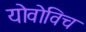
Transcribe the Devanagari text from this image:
योवोविच